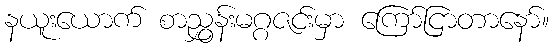
နယူးယောက် စာညွှန်းမဂ္ဂဇင်းမှာ ကြော်ငြာတာနော်။